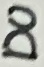
Text: D0